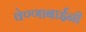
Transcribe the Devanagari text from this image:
वेण्णाबाईंनी